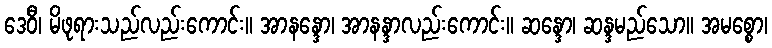
ဒေဝီ၊ မိဖုရားသည်လည်းကောင်း။ အာနန္ဒော၊ အာနန္ဒာလည်းကောင်း။ ဆန္ဒော၊ ဆန္ဒမည်သော။ အမစ္စော၊